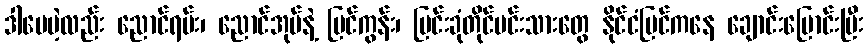
ဒါပေမဲ့လည်း ညောင်ရမ်း၊ ညောင်အုပ်နဲ့ မြင်ကွန်း၊ မြင်းခုံတိုင်မင်းသားတွေ နိုင်ငံပြင်ကနေ ချောင်းမြောင်းပြီး